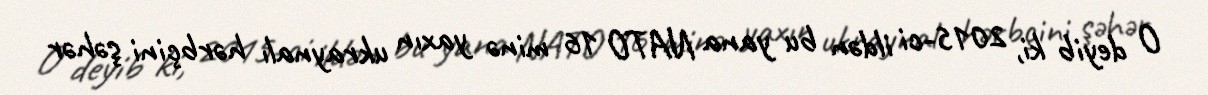
O deyib ki, 2015-ci ildən bu yana NATO 16 minə yaxın ukraynalı hərbçini şəhər